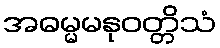
အဓမ္မမနုဝတ္တိသံ